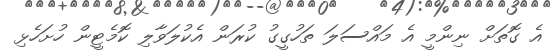
އެ ގޮތަށް ނިންމީ އެ މައްސަލަ ތަހުގީގު ކުރަން އެކުލަވާލި ކޮމެޓީން ހުށަހެޅި